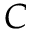
{ \cal C }